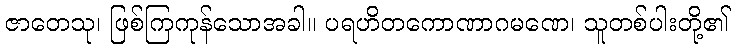
ဇာတေသု၊ ဖြစ်ကြကုန်သောအခါ။ ပရဟိတကောဏာဂမဏေ၊ သူတစ်ပါးတို့၏